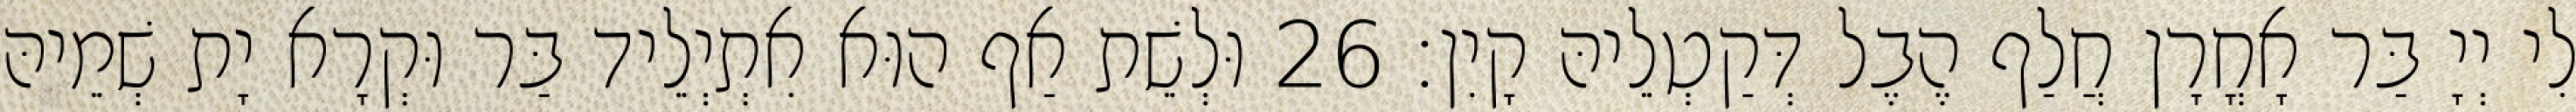
לִי יְיָ בַּר אָחֳרָן חֲלַף הֶבֶל דְּקַטְלֵיהּ קָיִן׃ 26 וּלְשֵׁת אַף הוּא אִתְיְלֵיד בַּר וּקְרָא יָת שְׁמֵיהּ